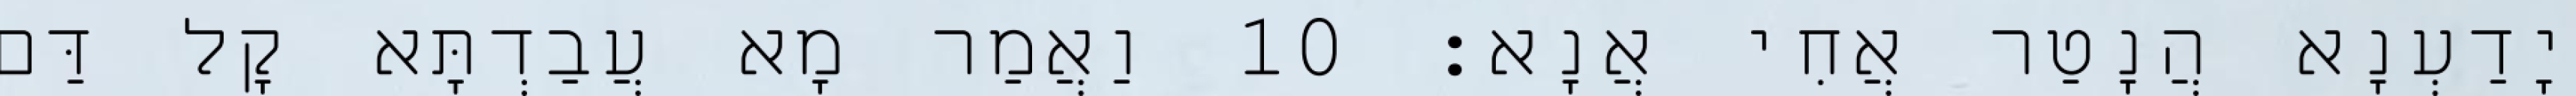
יָדַעְנָא הֲנָטַר אֲחִי אֲנָא׃ 10 וַאֲמַר מָא עֲבַדְתָּא קָל דַּם